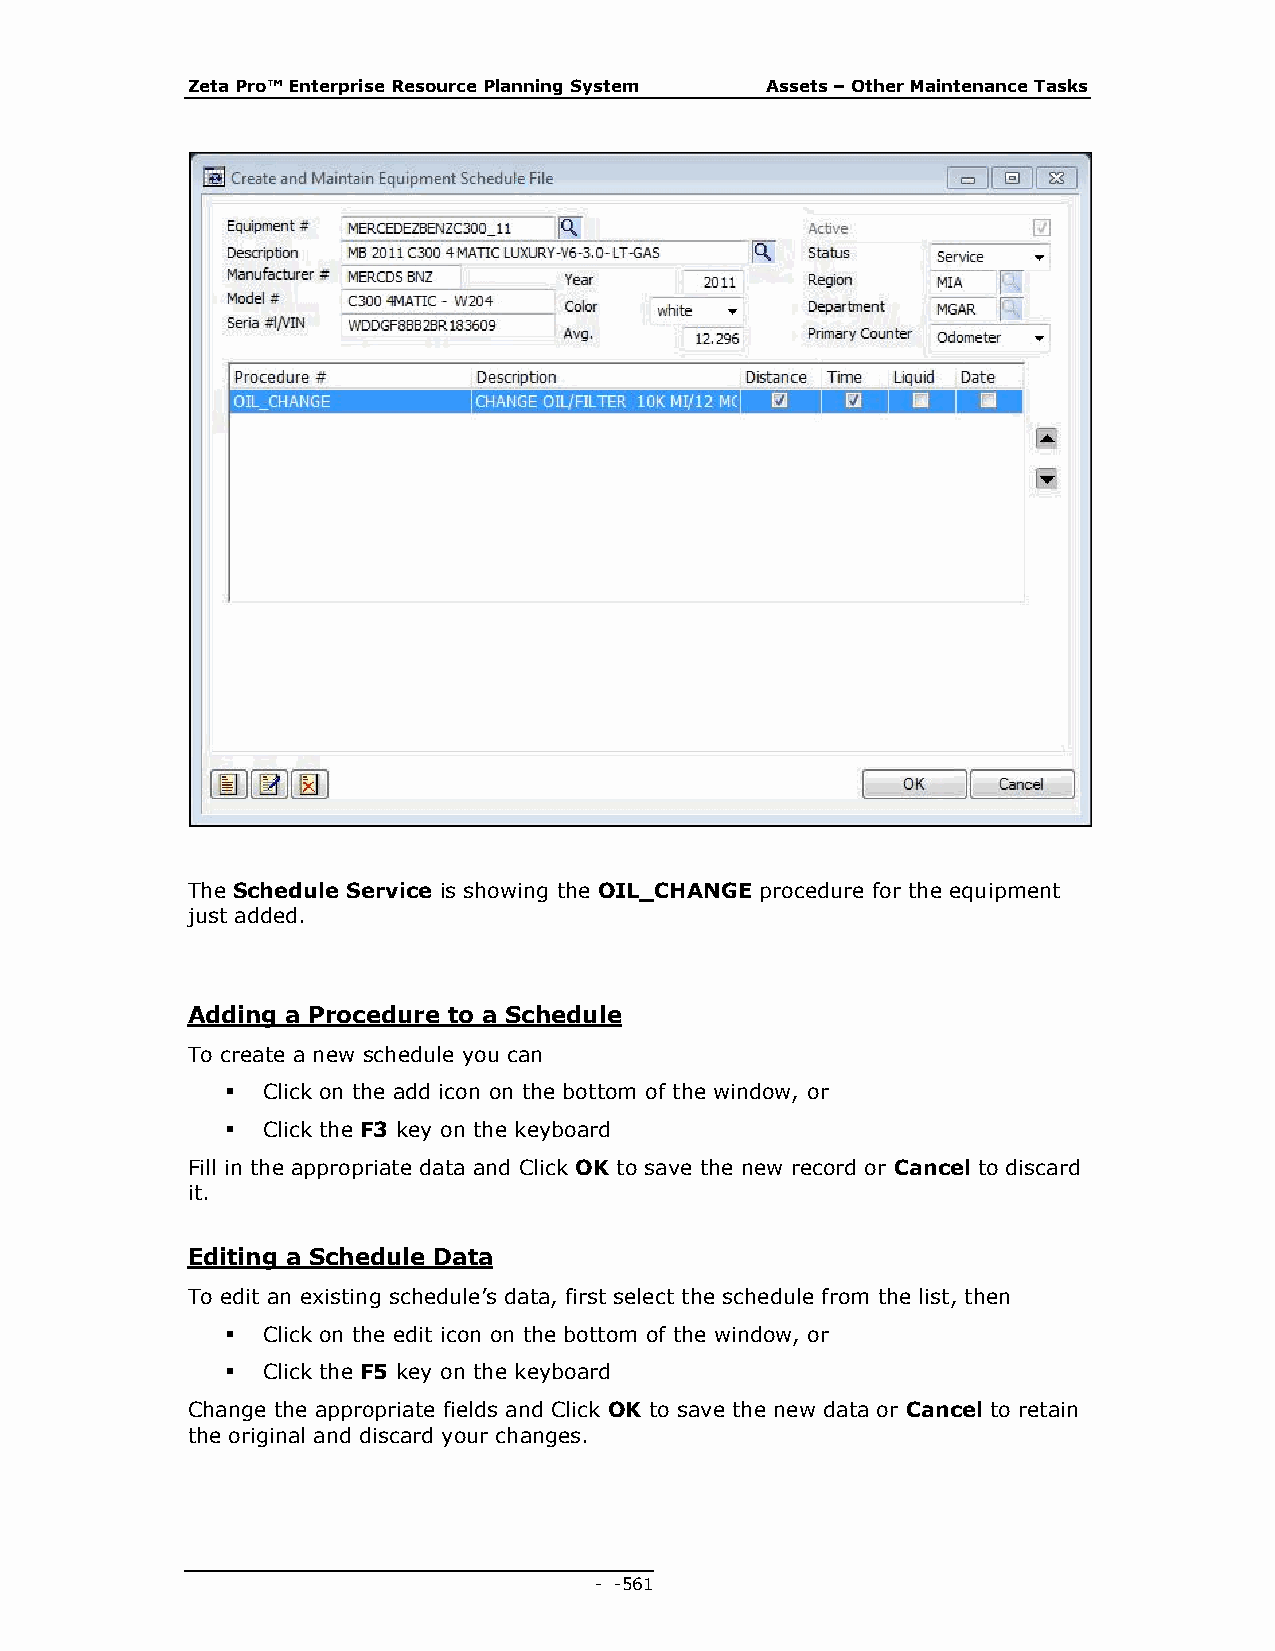
Zeta Pro™ Enterprise Resource Planning System Assets – Other Maintenance Tasks
 The Schedule Service is showing the OIL_CHANGE procedure for the equipment
 just added.
 Adding a Procedure to a Schedule
 To create a new schedule you can
  Click on the add icon on the bottom of the window, or
  Click the F3 key on the keyboard
 Fill in the appropriate data and Click OK to save the new record or Cancel to discard
 it.
 Editing a Schedule Data
 To edit an existing schedule’s data, first select the schedule from the list, then
  Click on the edit icon on the bottom of the window, or
  Click the F5 key on the keyboard
 Change the appropriate fields and Click OK to save the new data or Cancel to retain
 the original and discard your changes.
 - - 561